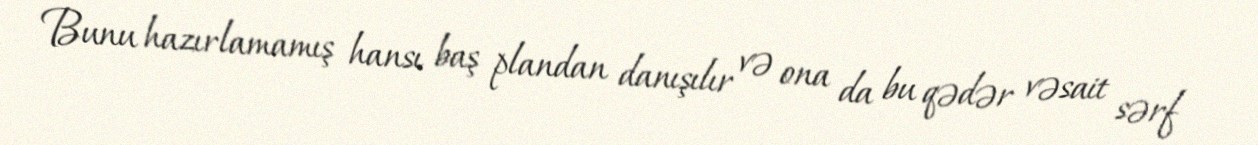
Bunu hazırlamamış hansı baş plandan danışılır və ona da bu qədər vəsait sərf